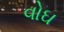
વોઘ